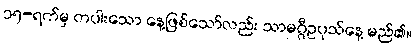
၁၅-ရက်မှ တပါးသော နေ့ဖြစ်သော်လည်း သာမဂ္ဂီဥပုသ်နေ့ မည်၏။